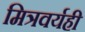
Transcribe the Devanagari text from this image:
मित्रवर्यही